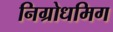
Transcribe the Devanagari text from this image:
निग्रोधमिग